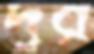
দুর